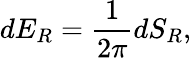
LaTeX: dE_{R}={\frac{1}{2\pi}}dS_{R},